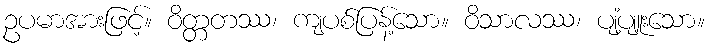
ဥပမာအားဖြင့်။ ဝိတ္တတဿ၊ ကျပစ်ပြန့်သော။ ဝိသာလဿ၊ ပျံ့ပျူးသော။